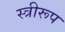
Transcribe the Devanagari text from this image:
स्त्रीरूप